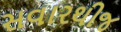
સવારથીજ